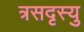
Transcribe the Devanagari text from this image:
त्रसदृस्यु